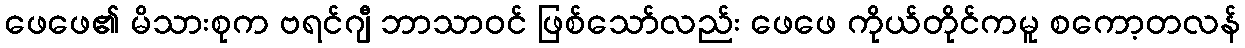
ဖေဖေ၏ မိသားစုက ဗရင်ဂျီ ဘာသာဝင် ဖြစ်သော်လည်း ဖေဖေ ကိုယ်တိုင်ကမူ စကော့တလန်